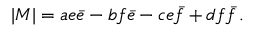
\vert M \vert = a e \bar { e } - b f \bar { e } - c e \bar { f } + d f \bar { f } \, .